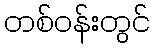
တစ်ဝန်းတွင်